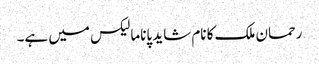
رحمان ملک کا نام شاید پاناما لیکس میں ہے۔